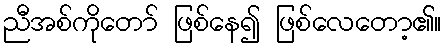
ညီအစ်ကိုတော် ဖြစ်နေ၍ ဖြစ်လေတော့၏။